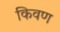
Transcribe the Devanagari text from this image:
किवण